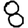
Digit: 8